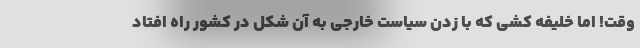
وقت! اما خلیفه کشی که با زدن سیاست خارجی به آن شکل در کشور راه افتاد